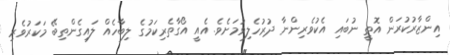
އިންޒާރުކުރަން އޮތީ ނުބައި އެކުވެރިންނާ ދުރުހެލިވުމަށެވެ. އެއީ އޯގާތެރިކަމުގެ ލިބާހެއް ލައިގެންތިބޭ މަކަރުވެރި